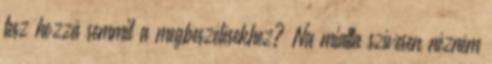
tesz hozzá semmit a megbeszélésekhez? Na miatta szívesen nézném